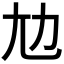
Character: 𡯄